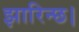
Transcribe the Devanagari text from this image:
झारिन्छ।